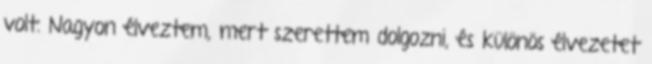
volt. Nagyon élveztem, mert szerettem dolgozni, és különös élvezetet